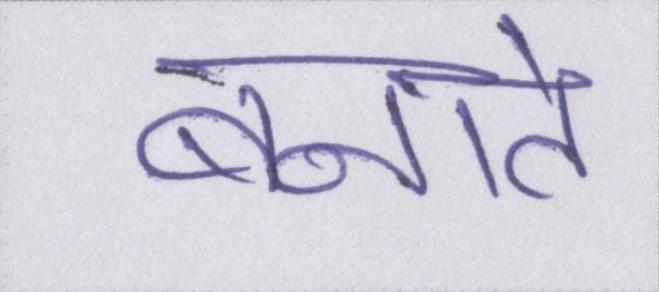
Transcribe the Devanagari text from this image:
बनाते